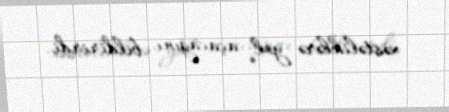
xəstəliklərə yol açacağını bildirirdi.